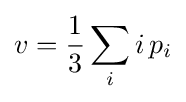
v={\frac {1}{3}}\sum _{i}i\,p_{i}